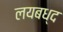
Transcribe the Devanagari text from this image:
लयबध्द